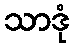
သာဒုံ